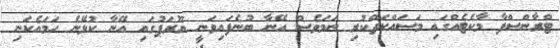
ޓްރާންސްފާ މާކެޓެއްގައި މަސައްކަތްކުރި ނަމަވެސް އޭނާ ބުނެފައިވަނީ ޔޫރަޕުގައި އޭނާ ކުޅޭނެ ހަމައެކަނި